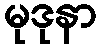
မုဒုနာ